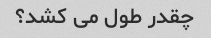
چقدر طول می کشد؟